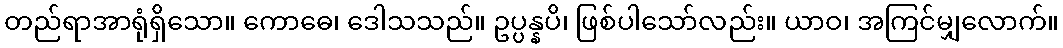
တည်ရာအာရုံရှိသော။ ကောဓေ၊ ဒေါသသည်။ ဥပ္ပန္နပိ၊ ဖြစ်ပါသော်လည်း။ ယာဝ၊ အကြင်မျှလောက်။